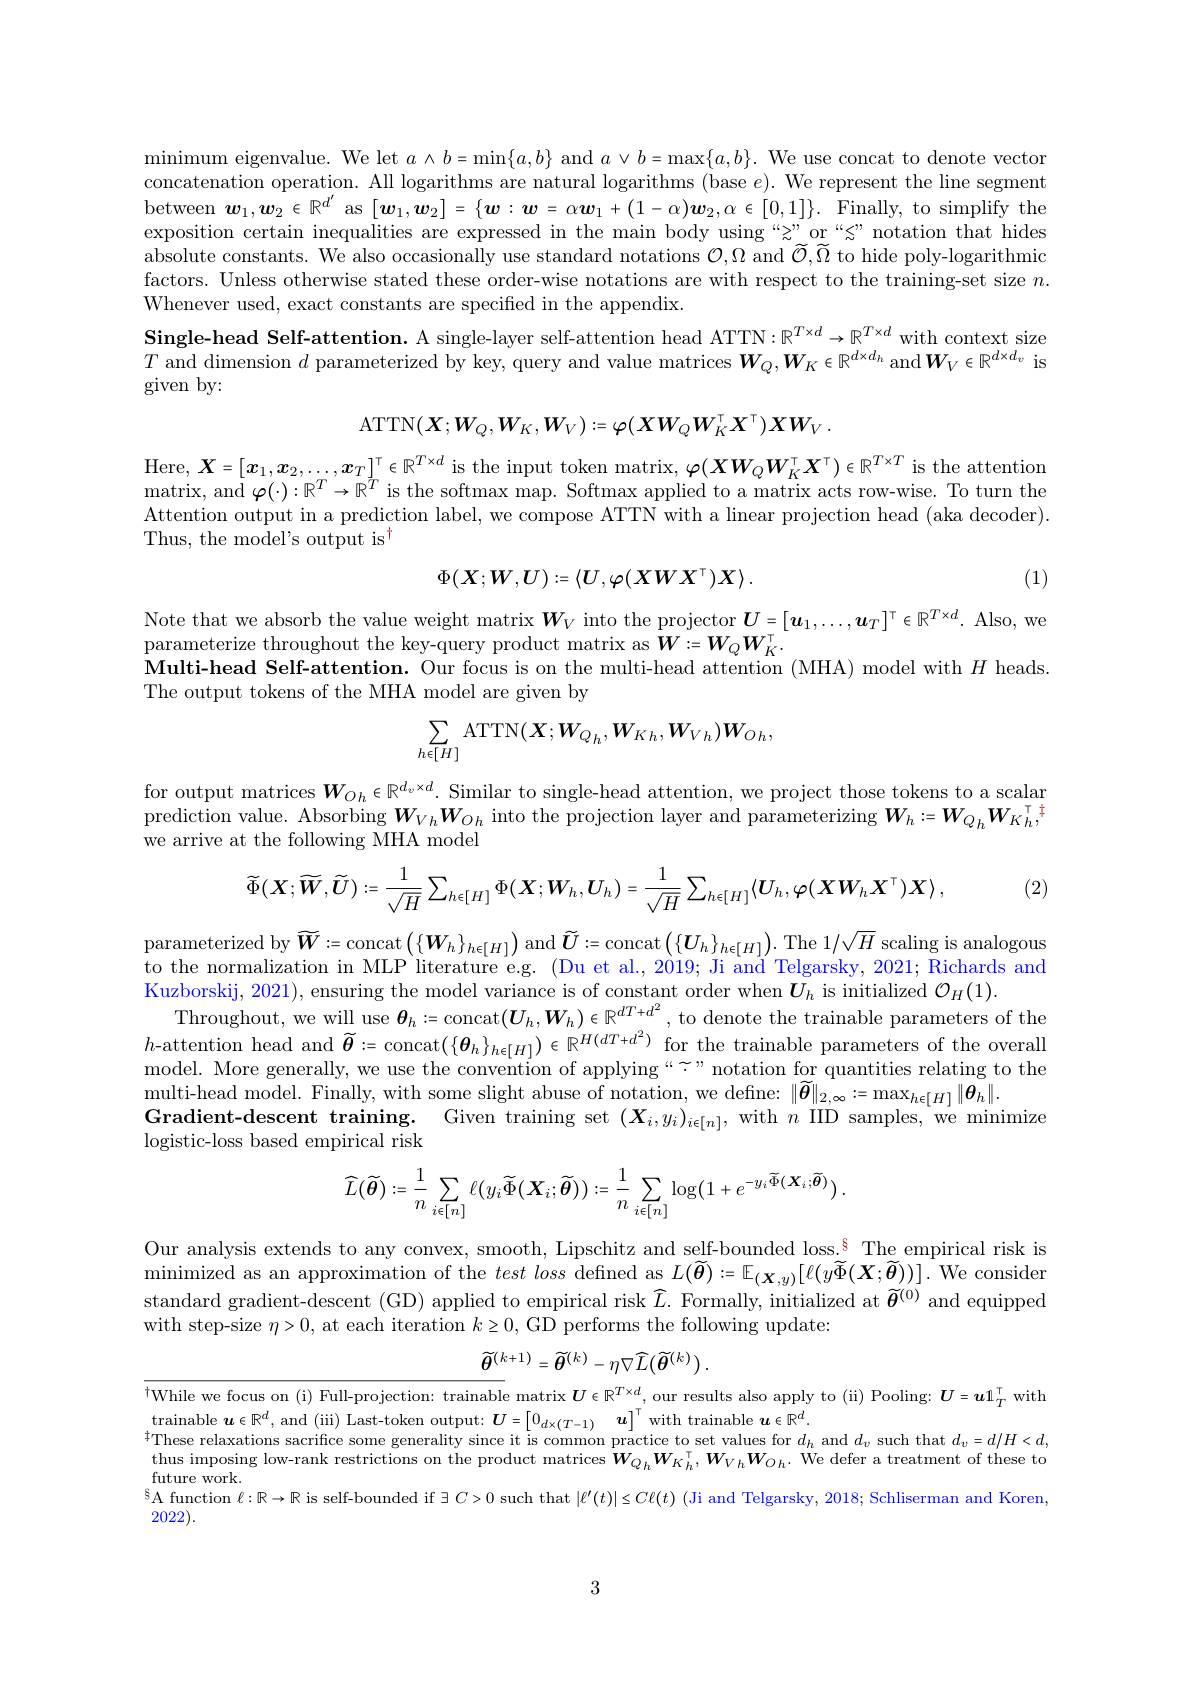
minimum eigenvalue. We let $a\wedge b=\operatorname*{min}\{a,b\}$ and $a\vee b=\operatorname*{max}\{a,b\}.$ We use concat to denote vector concatenation operation. All logarithms are natural logarithms (base e). We represent the line segment between $\boldsymbol{w}_1,\boldsymbol{w}_2\in\mathbb{R}^{d^{\prime}}$ as $[\boldsymbol{w}_1,\boldsymbol{w}_2]=\{\boldsymbol{w}:\boldsymbol{w}=\alpha\boldsymbol{w}_1+(1-\alpha)\boldsymbol{w}_2,\alpha\in[0,1]\}.$ Finally, to simplify the exposition certain inequalities are expressed in the main body using “z”or“s”notation that hides $\dot{\text{absolute constants. We also occasionally use standard notations }\mathcal{O}},\Omega$ and $\widetilde{\mathcal{O}},\widetilde{\Omega}$ to hide poly-logarithmic factors. Unless otherwise stated these order-wise notations are with respect to the training-set size $n.$ Whenever used, exact constants are specified in the appendix.
Single-head Self-attention. A single-layer self-attention head ATTN: $\mathbb{R}^T\times d\to\mathbb{R}^{T\times d}$ with context size $T$ and dimension $d$ parameterized by key, query and value matrices $W_Q,W_K\in\mathbb{R}^{d\times d_h}$ and$\boldsymbol W_V\in\mathbb{R}^{d\times d_v}$ is given by:
$$\mathrm{ATTN}(\boldsymbol{X};\boldsymbol{W}_Q,\boldsymbol{W}_K,\boldsymbol{W}_V):=\varphi(\boldsymbol{X}\boldsymbol{W}_Q\boldsymbol{W}_K^\top\boldsymbol{X}^\top)\boldsymbol{X}\boldsymbol{W}_V\:.$$
Here, $\boldsymbol{X}= [ x_1, \boldsymbol{x}_2, \ldots , \boldsymbol{x}_T] ^\top \in \mathbb{R} ^{T\times d}$ is the input token matrix, $\varphi(\boldsymbol XW_Q\boldsymbol{W}_K^\top\boldsymbol{X}^\top)\in\mathbb{R}^{T\times T}$ is the attention matrix, and $\boldsymbol{\varphi }( \cdot ) : \mathbb{R} ^{T}\to \mathbb{R} ^{T}$ is the softmax map. Softmax applied to a matrix acts row-wise. To turn the Attention output in a prediction label, we compose ATTN with a linear projection head (aka decoder). Thus, the model's output is$^{\dagger}$
$$\Phi(X;W,U):=\langle U,\varphi(XWX^{\top})X\rangle\:.$$
(1)

Note that we absorb the value weight matrix $\boldsymbol{W}_V$ into the projector $\boldsymbol{U}=[\boldsymbol{u}_1,\ldots,\boldsymbol{u}_T]^{\top}\in\mathbb{R}^{T\times d}.$ Also, we
parameterize throughout the key-query product matrix as $W:=W_QW_K^{\top}.$
Multi-head Self-attention. Our focus is on the multi-head attention (MHA) model with $H$ heads
The output tokens of the MHA model are given by
$$\sum_{h\epsilon[H]}\mathrm{ATTN}(\boldsymbol{X};\boldsymbol{W}_{Qh},\boldsymbol{W}_{Kh},\boldsymbol{W}_{Vh})\boldsymbol{W}_{Oh},$$
for output matrices $W_{O_h}\in\mathbb{R}^{d_v\times d}.$ Similar to single-head attention, we project those tokens to a scalar $\dot{\text{prediction value. Absorbing}}\boldsymbol{W}_{Vh}\boldsymbol{W}_{Oh}$ into the projection layer and parameterizing $\boldsymbol W_h:=\boldsymbol{W}_{Q_h}\boldsymbol{W}_{K_h}^{\top}$, we arrive at the following MHA model

(2)
$$\widetilde{\Phi}(\boldsymbol{X};\widetilde{\boldsymbol{W}},\widetilde{\boldsymbol{U}}):=\frac{1}{\sqrt{H}}\sum_{h\in[H]}\Phi(\boldsymbol{X};\boldsymbol{W}_{h},\boldsymbol{U}_{h})=\frac{1}{\sqrt{H}}\sum_{h\in[H]}\langle\boldsymbol{U}_{h},\boldsymbol{\varphi}(\boldsymbol{X}\boldsymbol{W}_{h}\boldsymbol{X}^{\top})\boldsymbol{X}\rangle\:,$$
$\begin{aligned}\text{parameterized by}\widetilde{\boldsymbol{W}}:=\mathrm{concat}\left(\{\boldsymbol{W}_{h}\}_{h\in[H]}\right)\mathrm{~and~}\widetilde{\boldsymbol{U}}:=\mathrm{concat}\left(\{\boldsymbol{U}_{h}\}_{h\in[H]}\right).\mathrm{~The~}1/\sqrt{H}\mathrm{~scaling~is~analogous}\\\text{parameterized by}\widetilde{\boldsymbol{W}}:=\mathrm{concat}\left(\{\boldsymbol{W}_{h}\}_{h\in[H]}\right)\mathrm{~and~}\widetilde{\boldsymbol{U}}:=\mathrm{concat}\left(\{\boldsymbol{U}_{h}\}_{{h\in[H]}}\right).\mathrm{~The}\end{aligned}$ to the normalization in MLP literature e.g. (Du et al., 2019; Ji and Telgarsky, 2021; Richards and Kuzborskij, 2021) , ensuring the model variance is of constant order when $\boldsymbol{U}_{h}$ is initialized $\mathcal{O} _{H}( 1) .$ Throughout, we will use $\boldsymbol{\theta }_{h}: =$concat$( \boldsymbol{U}_{h}, \boldsymbol{W}_{h}) \in \mathbb{R} ^{dT+ d^{2}}$,to denote the trainable parameters of the $h$- attentio model. More generally, we use the convention of applying“" notation for quantities relating to the multi- head model. Finally, with some slight abuse of notation, we define: $\| \widetilde{\boldsymbol{\theta }} \| _{2, \infty }: = \max _{h\in [ H] }\| \boldsymbol{\theta }_{h}\| .$ Crili- head model. Finally, with some slight abuse of notation, we define: $\| \widetilde{\boldsymbol{\theta }} \| _{2, \infty }: = \max _{h\in [ H\} }\| \boldsymbol{\theta }_{h}\| .$
Gradient-descent training. Given training set $(\boldsymbol{X}_i,y_i)_{i\in[n]}$, with $n$ IID samples, we minimize
logistic-loss based empirical risk
$$\widehat{L}(\widetilde{\boldsymbol{\theta}}):=\frac{1}{n}\sum_{i\in[n]}\ell(y_{i}\widetilde{\Phi}(\boldsymbol{X}_{i};\widetilde{\boldsymbol{\theta}})):=\frac{1}{n}\sum_{i\in[n]}\log\bigl(1+e^{-y_{i}\widetilde{\Phi}(\boldsymbol{X}_{i};\widetilde{\boldsymbol{\theta}})}\bigr)\:.$$
Our analysis extends to any convex, smooth, Lipschitz and self-bounded loss.$^{8}$ The empirical risk is minimized as an approximation of the $test loss defined as L( \widetilde{\boldsymbol{\theta }} ) : = \mathbb{E} _{( \boldsymbol{X}, y) }[ \ell ( y\widetilde{\Phi } ( \boldsymbol{X}; \widetilde{\boldsymbol{\theta }} ) ) ] . $We consider standard gradient-descent (GD) applied to empirical risk $\widehat{L}.$ Formally, initialized at $\widetilde{\theta}^{(0)}$ and equipped with step-size $\eta>0$, at each iteration $k\geq0$, GD performs the following update:
$$\widetilde{\theta}^{(k+1)}=\widetilde{\theta}^{(k)}-\eta\nabla\widehat{L}(\widetilde{\theta}^{(k)})\:.$$
$^{\dagger}$While we focus on (i) Full-projection: trainable matrix $\boldsymbol{U}\in\mathbb{R}^T\times d_{-\tau}$, our results also apply to (ii) Pooling: $\boldsymbol{U}=\boldsymbol{u}1_T^{\top}$ with
trainable $\boldsymbol{u}\in \mathbb{R} ^d$, and ( iii) Last- token output: $\boldsymbol{U}= \begin{bmatrix} 0_{d\times ( T- 1) }\boldsymbol{u}\end{bmatrix} ^\top$ with trainable $\boldsymbol{u}\in \mathbb{R} ^d.$
$^{+}$These relaxations sacrifice some generality since it is common practice to set values for $d_h$ and $d_v$ such that $d_v=d/H<d$, thus imposing low-rank restrictions on the product matrices $\dot{W}_{Q_h}\boldsymbol{W}_{K_h}^{\intercal},\boldsymbol{W}_{V_h}\boldsymbol{W}_{O_h}.$ We defer a treatment of these to future work
$^{8}$A function $\ell:\mathbb{R}\to\mathbb{R}$ is self-bounded if $\exists C>0$ such that $|\ell^\prime(t)|\leq C\ell(t)$ (Ji and Telgarsky, 2018; Schliserman and Koren,
2022).

3